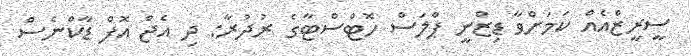
ސީރީޒްއެއް ކަމަށްވާ ޑިޒްނީ ޕްލަސް ހޮޓްސްޓާގެ ރުދުރާ: ދި އެޖް އޮފް ޑާކްނެސް